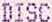
DISC